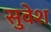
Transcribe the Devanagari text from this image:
सुवेश